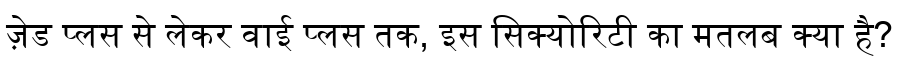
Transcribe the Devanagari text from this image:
ज़ेड प्लस से लेकर वाई प्लस तक, इस सिक्योरिटी का मतलब क्या है?